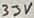
Text: 33V